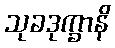
သုခဒုက္ခာနိ